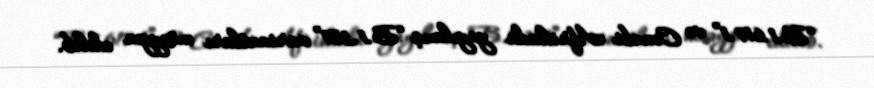
“B.1.617.1” və Cənubi Afrikada yayılmış “B.1.351” variantları müəyyən edilib.